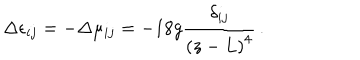
\Delta \epsilon _ { i j } = - \Delta \mu _ { i j } = - 1 8 g { \frac { \delta _ { i j } } { \left( z - L \right) ^ { 4 } } } \, .